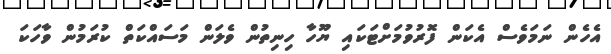
އެހެން ނަމަވެސް އެކަން ފޮރުވުމަށްޓަކައި ޔޫހާ ހިނިތުން ވެލަން މަސައްކަތް ކުރަމުން ވާހަކަ